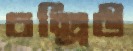
চল্লিউ